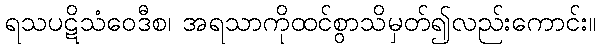
ရသပဋိသံဝေဒီစ၊ အရသာကိုထင်စွာသိမှတ်၍လည်းကောင်း။